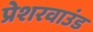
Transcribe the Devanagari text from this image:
प्रेशरवाउंड